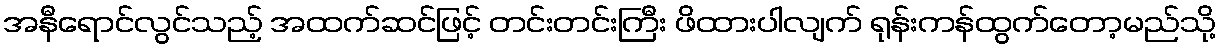
အနီရောင်လွင်သည့် အထက်ဆင်ဖြင့် တင်းတင်းကြီး ဖိထားပါလျက် ရုန်းကန်ထွက်တော့မည်သို့